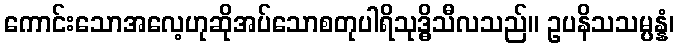
ကောင်းသောအလေ့ဟုဆိုအပ်သောစတုပါရိသုဒ္ဓိသီလသည်။ ဥပနိသသမ္ပန္နံ၊